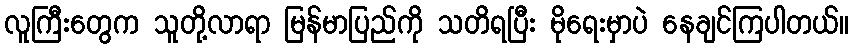
လူကြီးတွေက သူတို့လာရာ မြန်မာပြည်ကို သတိရပြီး မိုရေးမှာပဲ နေချင်ကြပါတယ်။